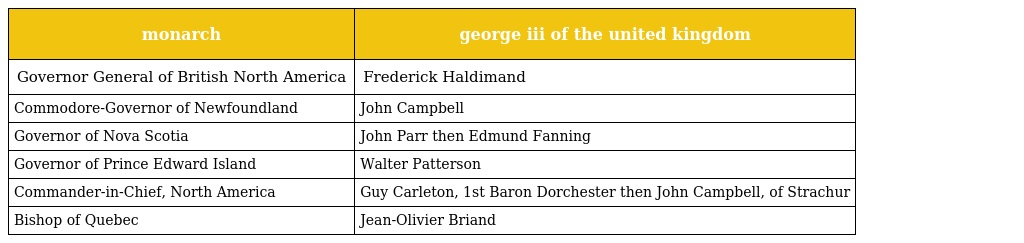
| monarch | george iii of the united kingdom |
 | --- | --- |
 | Governor General of British North America | Frederick Haldimand |
 | Commodore-Governor of Newfoundland | John Campbell |
 | Governor of Nova Scotia | John Parr then Edmund Fanning |
 | Governor of Prince Edward Island | Walter Patterson |
 | Commander-in-Chief, North America | Guy Carleton, 1st Baron Dorchester then John Campbell, of Strachur |
 | Bishop of Quebec | Jean-Olivier Briand |